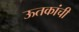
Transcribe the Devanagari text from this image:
ऊतकांची